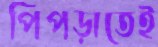
পিঁপড়াতেই